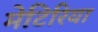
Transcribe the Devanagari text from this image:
मेटिरिया